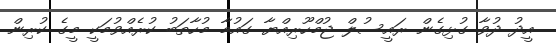
އީދު ދުވާ ގުޅިގެން ރައީސުލް ޖުމްހޫރިއްޔާ ގައުމާ މުހާތަބު ކުރެއްވުމަކީ މީގެ ކުރިން